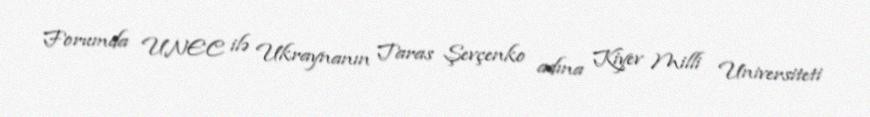
Forumda UNEC ilə Ukraynanın Taras Şevçenko adına Kiyev Milli Universiteti